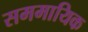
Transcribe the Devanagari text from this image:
सममायिक